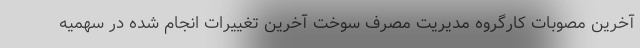
آخرین مصوبات کارگروه مدیریت مصرف سوخت آخرین تغییرات انجام شده در سهمیه